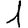
Digit: 1